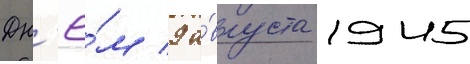
Дн'ё́м 9 а́вгуста 1945